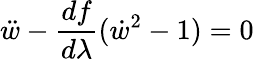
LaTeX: \ddot{w}-\frac{df}{d\lambda}(\dot{w}^{2}-1)=0